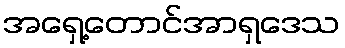
အရှေ့တောင်အာရှဒေသ